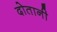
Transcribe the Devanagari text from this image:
दोतानी